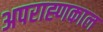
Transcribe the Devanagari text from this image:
अपराह्णकाल